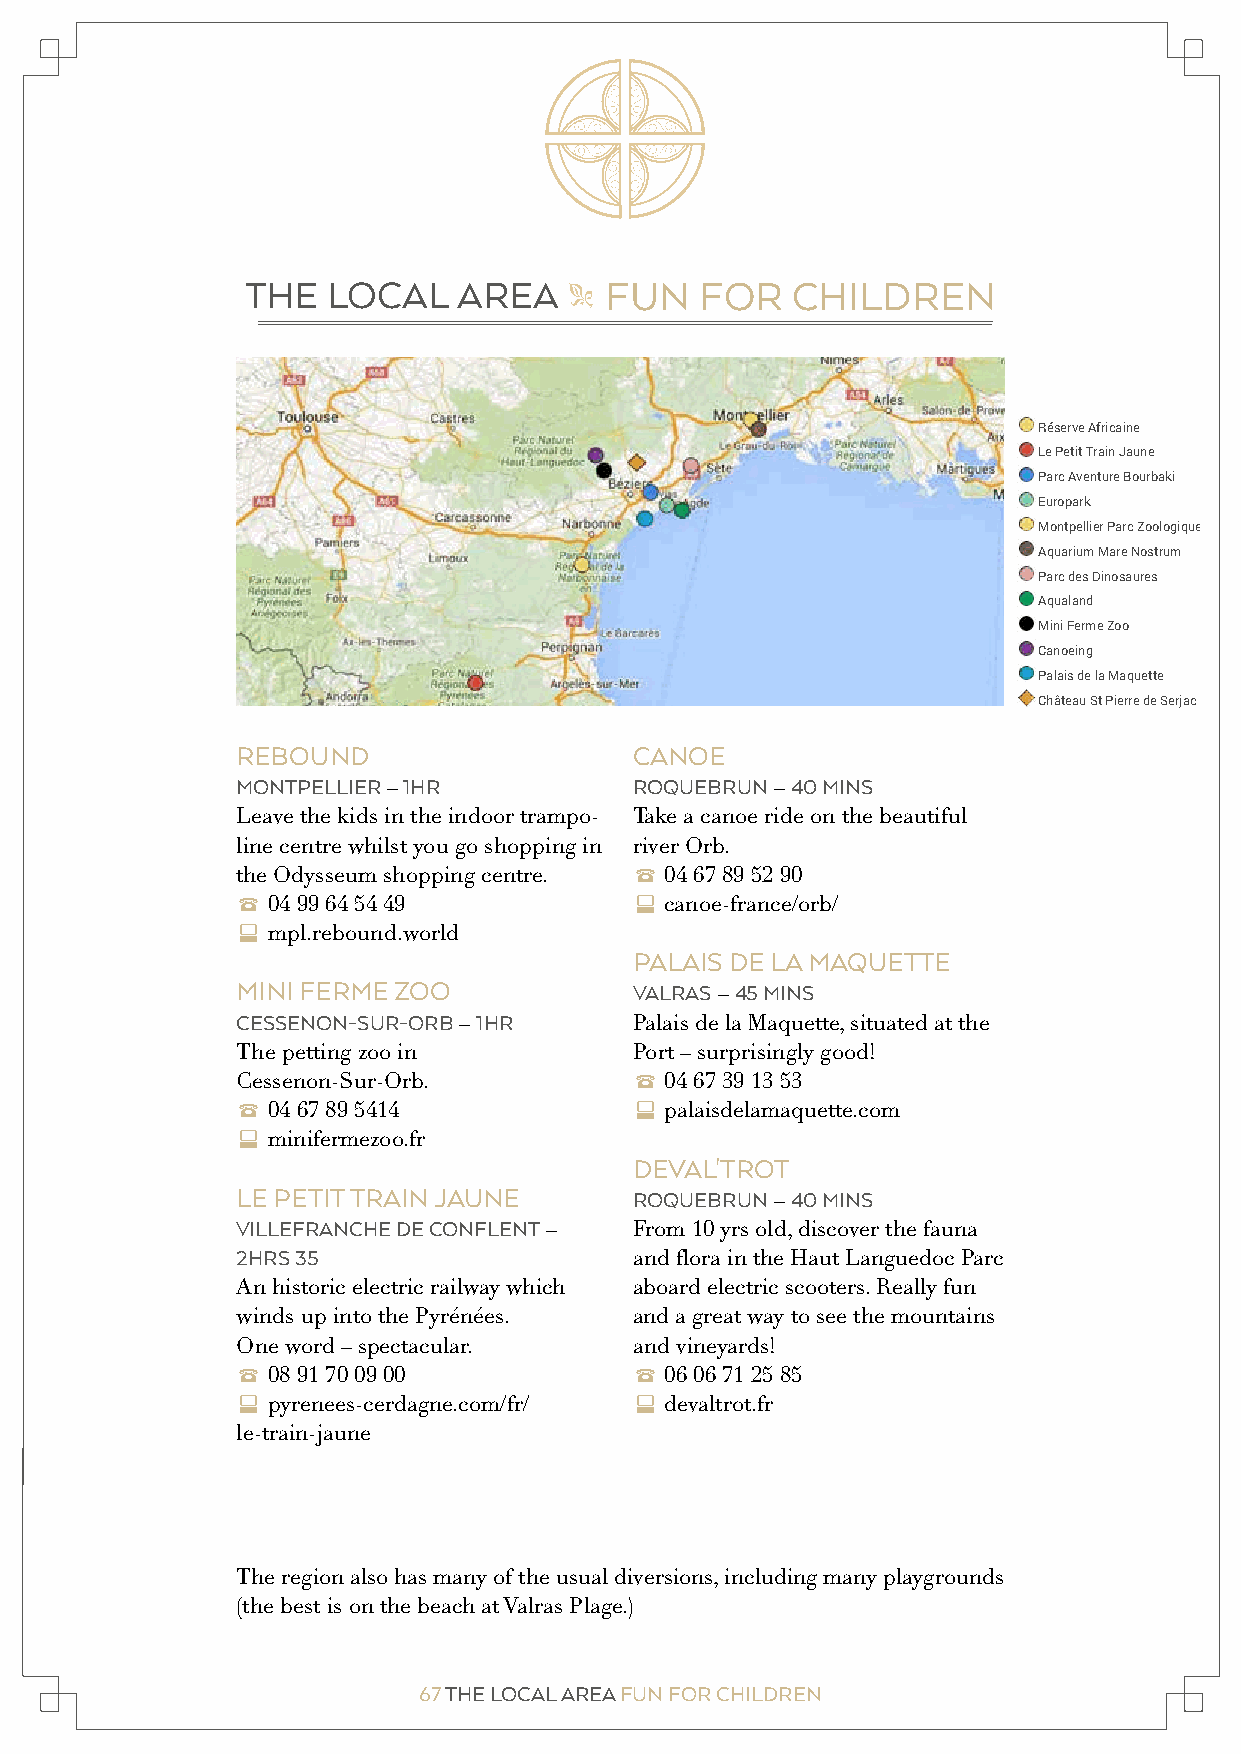
SPS Local Area  - Fun for Children
 Untitled layer
 places                                                          SPS   Local Area - Fun for Children
 THE LOCAL AREA FUN FOR CHILDREN THE LOCAL AREA FUN FOR CHILDREN
 "                                     "
 Réserve Africaine
 Le Petit Train Jaune
 Parc Aventure Bourbaki                                         Untitled layer
 Europark
 Montpellier Parc Zoologique                                    places
 Aquarium Mare Nostrum                                             Réserve Africaine
 Parc des Dinosaures                                               Le Petit Train Jaune
 Aqualand                                                          Parc Aventure Bourbaki
 Mini Ferme Zoo                                                    Europark
 Canoeing                                                          Montpellier Parc Zoologique
 Palais de la Maquette                                             Aquarium Mare Nostrum
 Château St Pierre de Serjac                                       Parc des Dinosaures
 Aqualand
 Mini Ferme Zoo
 Canoeing
 Palais de la Maquette
 Château St Pierre de Serjac
 REBOUND                   CANOE
 MONTPELLIER – 1HR         ROQUEBRUN – 40 MINS
 Leave the kids in the indoor trampo- Take a canoe ride on the beautiful
 line centre whilst you go shopping in river Orb.
 the Odysseum shopping centre. 2 04 67 89 52 90
 2 04 99 64 54 49          c canoe-france/orb/
 c mpl.rebound.world
 PALAIS DE LA MAQUETTE
 MINI FERME ZOO            VALRAS – 45 MINS
 CESSENON-SUR-ORB – 1HR    Palais de la Maquette, situated at the
 The petting zoo in        Port – surprisingly good!
 Cessenon-Sur-Orb.         2 04 67 39 13 53
 2 04 67 89 5414           c palaisdelamaquette.com
 c minifermezoo.fr
 DEVAL'TROT
 LE PETIT TRAIN JAUNE      ROQUEBRUN – 40 MINS
 VILLEFRANCHE DE CONFLENT – From 10 yrs old, discover the fauna
 2HRS 35                   and flora in the Haut Languedoc Parc
 An historic electric railway which aboard electric scooters. Really fun
 winds up into the Pyrénées. and a great way to see the mountains
 One word – spectacular.   and vineyards!
 2 08 91 70 09 00          2 06 06 71 25 85
 c pyrenees-cerdagne.com/fr/ c devaltrot.fr
 le-train-jaune
 The region also has many of the usual diversions, including many playgrounds
 (the best is on the beach at Valras Plage.)
 66 THE LOCAL AREA FUN FOR CHILDREN 67 THE LOCAL AREA FUN FOR CHILDREN